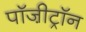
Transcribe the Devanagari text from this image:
पॉजी़ट्रॉन